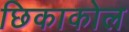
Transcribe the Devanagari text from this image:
छिकाकोल